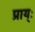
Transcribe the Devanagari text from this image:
प्राय्ः